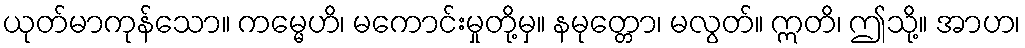
ယုတ်မာကုန်သော။ ကမ္မေဟိ၊ မကောင်းမှုတို့မှ။ နမုတ္တော၊ မလွတ်။ ဣတိ၊ ဤသို့။ အာဟ၊